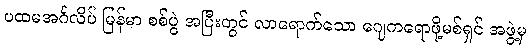
ပထမအင်္ဂလိပ် မြန်မာ စစ်ပွဲ အပြီးတွင် လာရောက်သော ဂျေကရောဖို့မစ်ရှင် အဖွဲ့မှ